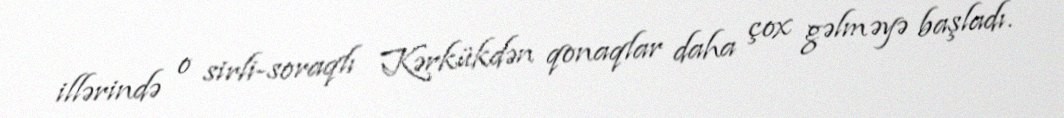
illərində o sirli-soraqlı Kərkükdən qonaqlar daha çox gəlməyə başladı.